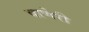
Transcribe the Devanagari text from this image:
बाणेरी